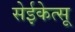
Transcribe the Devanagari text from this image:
सेईकेत्सू